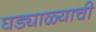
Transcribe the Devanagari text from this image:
घड्याळ्याची